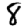
Digit: 8